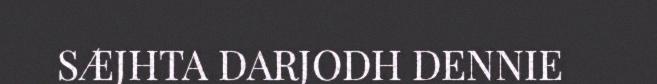
SÆJHTA DARJODH DENNIE